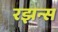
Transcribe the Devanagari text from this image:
रझन्स